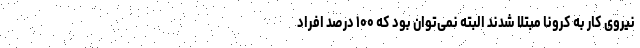
نیروی کار به کرونا مبتلا شدند البته نمی‌توان بود که ۱۰۰ درصد افراد